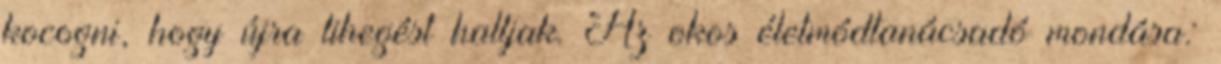
kocogni, hogy újra lihegést halljak. Az okos életmódtanácsadó mondása: